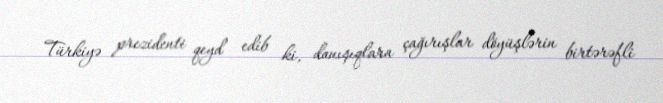
Türkiyə prezidenti qeyd edib ki, danışıqlara çağırışlar döyüşlərin birtərəfli